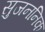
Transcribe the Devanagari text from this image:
सुजननिक